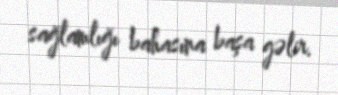
sağlamlığı bahasına başa gəlir.